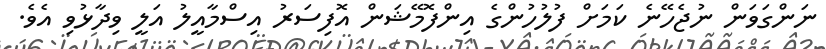
ނަންގަވަން ނުޖެހޭނެ ކަމަށް ފުލުހުންގެ އިންފޮމޭޝަން އޮފިސަރު އިސްމާއީލު އަލީ ވިދާޅުވި އެވެ.